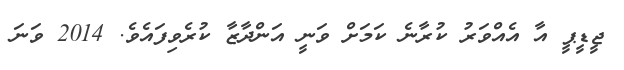
ޖީޑީޕީ އާ އެއްވަރު ކުރާނެ ކަމަށް ވަނީ އަންދާޒާ ކުރެވިފައެވެ. 2014 ވަނަ